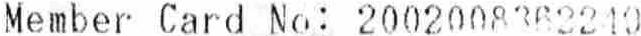
MEMBER CARD NO: 2002008362249